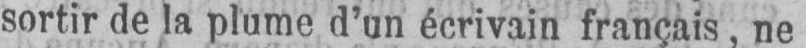
sortir de la plume d’un écrivain français, ne